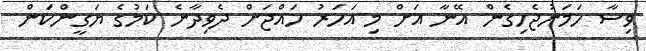
ވިސާ ހަމަނުޖެހިގެން އޭނާ އަށް މި އަހަރު ހައްޖަށް ދެވިދާނެ ކަމުގެ ޔަގީންކަން